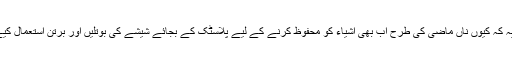
نمبر 2 یہ کہ کیوں ناں ماضی کی طرح اب بھی اشیاء کو محفوظ کرنے کے لیے پلاسٹک کے بجائے شیشے کی بوتلیں اور برتن استعمال کیے جائیں۔